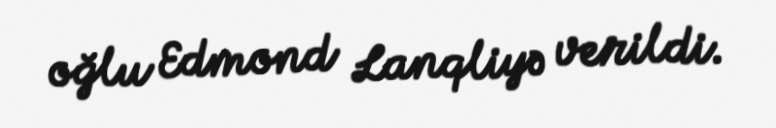
oğlu Edmond Lanqliyə verildi.